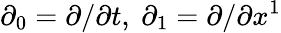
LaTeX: \partial_{0}=\partial/\partial t,\ \partial_{1}=\partial/\partial x^{1}